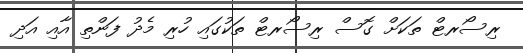
ރިސޯރޓް ތަކަށް ގޮސް ރިސޯރޓް ތަކުގައި ހުރި މެދު ފަންތި އާއި އަދި